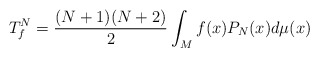
\begin{align*}T^N_f=\frac{(N+1)(N+2)}{2} \int_{M} f(x) P_N(x) d\mu(x)\end{align*}